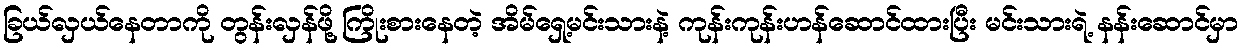
ခြယ်လှယ်နေတာကို တွန်းလှန်ဖို့ ကြိုးစားနေတဲ့ အိမ်ရှေ့မင်းသားနဲ့ ကုန်းကုန်းဟန်ဆောင်ထားပြီး မင်းသားရဲ့ နန်းဆောင်မှာ